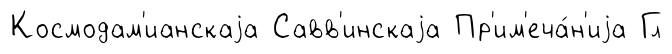
Космодам'ианскаjа Савв'инскаjа Пр'им'еча́н'иjа Гл